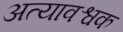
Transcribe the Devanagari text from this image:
अत्यावश्वक